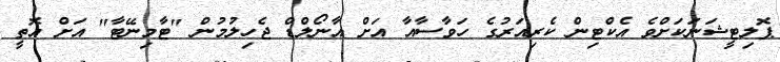
ޕޮލިޓީޝަނަކަށްވެ އެކްޓިން ކެރިއަރުގެ ހަވާސާއާ އަށް އާނޯލްޑް ޖެހިލުމުން "ޓާމިނޭޓާ" އަށް އޮތީ